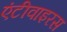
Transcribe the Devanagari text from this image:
एंटीवाइरस